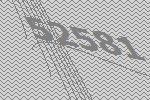
52581